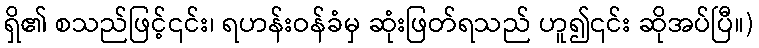
ရှိ၏ စသည်ဖြင့်၎င်း၊ ရဟန်းဝန်ခံမှ ဆုံးဖြတ်ရသည် ဟူ၍၎င်း ဆိုအပ်ပြီ။)